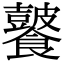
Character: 𩟚